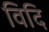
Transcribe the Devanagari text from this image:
विदि